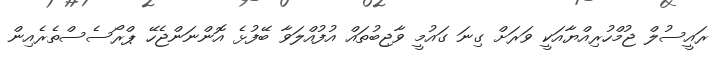
ރައީސުލް ޖުމްހުރިއްޔާއަކީ ވަރަށް ގިނަ ގައުމީ ވާޖިބުތައް އުފުއްލަވާ ބޭފުޅެ އޮންނަންޖެހޭ ޕްރޯސެސްތެރެއިން